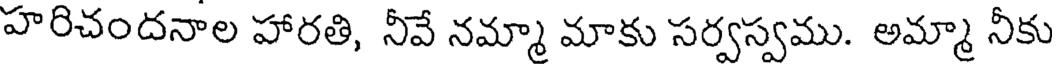
హరిచందనాల హారతి, నీవే నమ్మా మాకు సర్వస్వము. అమ్మా నీకు